Annual administration report of the Civil Veterinary Department of India - 1898-1899
Year: 1898
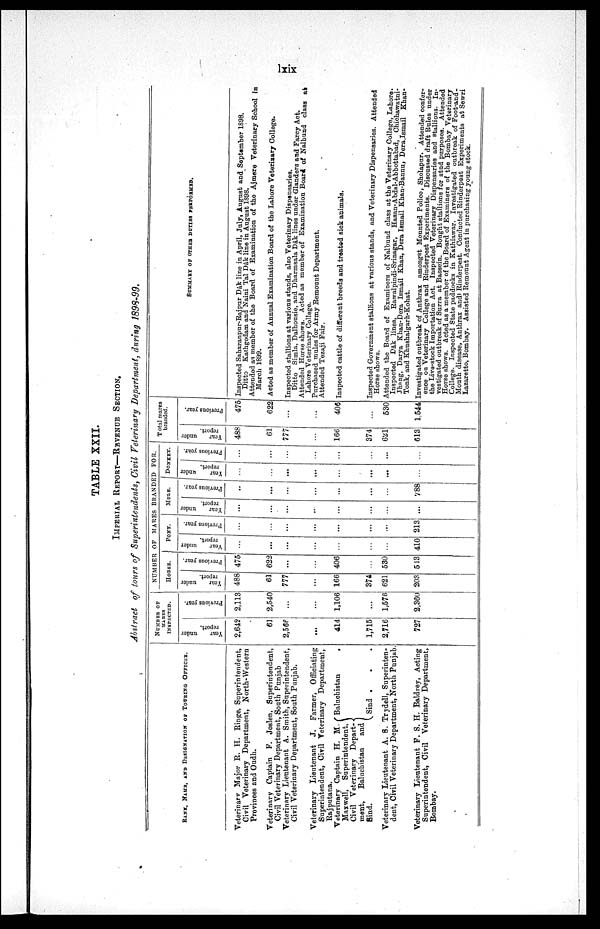
lxix
TABLE XXII.
IMPERIAL REPORT—REVENUE SECTION.
Abstract of tours of Superintendents, Civil Veterinary Department, during 1898-99.
BANK, NAME, AND DESIGNATION OF TOURING OFFICER.
Veterinary Major R. H. Ringe, Superintendent,
Civil Veterinary Department, North-Western
Provinces and Oudh.
Veterinary Captain F. Joslen, Superintendent,
Civil Veterinary Department, South Punjab
Veterinary Lieutenant A. Smith, Superintendent,
Civil Veterinary Department, South Punjab.
Veterinary Lieutenant J. Farmer, Officiating
Superintendent, Civil Veterinary Department,
Rajputana.
Veterinary Captain H. M.
Maxwell, Superintendent,
Civil Veterinary Depart-
ment,
Baluchistan
and
Sind.
{ Baluchistan
.
Sind . . .
Veterinary Lieutenant A. S. Trydell, Superinten-
dent, Civil Veterinary Department, North Punjab.
Veterinary Lieutenant F. S. H. Baldrey, Acting
Superintendent, Civil Veterinary Department,
Bombay.
NUMBER OF
MARES
INSPECTED.
Year
under
report.
2,642
61
2,566
...
414
1,715
2,716
727
Previous year.
2,113
2,540
...
...
1,106
...
1,576
2,360
NUMBER OF MARES BRANDED FOR.
HORSE.
Year
under
report.
488
61
777
...
166
374
621
203
Previous year.
475
622
...
...
406
...
530
513
PONY.
Year
under
report.
...
...
...
...
...
...
...
410
Previous year.
...
...
...
...
...
...
...
213
MULE.
Year
under
report.
...
...
...
...
...
...
...
...
Previous year.
...
...
...
...
...
...
...
788
DONKEY.
Year
under
report.
...
...
...
...
...
...
...
...
Previous year.
...
...
...
...
...
...
...
...
Total mares
branded.
Year
under
report.
488
61
777
...
166
374
621
613
Previous year.
475
622
...
...
406
...
530
1544
SUMMARY OF OTHER DUTIES PERFORMED.
Inspected Saharanpur-Rajpur Dâk line in April, July, August and September 1898.
Ditto Kathgodam and Naini Tal Dâk line in August 1898.
Attended as member of the Board of Examination of the Ajmere Veterinary School in
March 1899.
Acted as member of Annual Examination Board of the Lahore Veterinary College.
Inspected stallions at various stands, also Veterinary Dispensaries.
Ditto Simla, Dalhousie, and Dharmsala Dâk lines under Glanders and Farcy Act.
Attended Horse shows. Acted as member of Examination Board of Nalbund class at
Lahore Veterinary College.
Purchased mules for Army Remount Department.
Attended Tezaji Fair.
Inspected cattle of different breeds and treated sick animals.
Inspected Government stallions at various stands, and Veterinary Dispensaries. Attended
Horse shows.
Attended the Board of Examiners of Nalbund class at the Veterinary College, Lahore.
Inspected Dâk lines, Rawalpindi-Srinagar, Hasan-Abdal-Abbottabad, Chichawatni-
Jhang, Darya Khan-Dera Ismail Khan, Dera Ismail Khan-Bannu, Dera Ismail Khan-
Tonk, and Khushalgarh-Kohat.
Investigated outbreak of Anthrax amongst Mounted Police, Sholapur. Attended confer-
ence on Veterinary College and Rinderpest Experiments. Discussed draft Rules under
the Live-stock Importation Act. Inspected Veterinary Dispensaries and stallions. In-
vestigated outbreak of Surra at Bassein. Bought stallions for stud purposes. Attended
Horse shows. Acted as a member of the Board of Examiners of the Bombay Veterinary
College. Inspected State paddocks in Kathiawar. Investigated outbreak of Foot-and-
Mouth disease, Anthrax and Rinderpest. Conducted Rinderpest Experiments at Sewri
Lazaretto, Bombay. Assisted Remount Agent in purchasing young stock.